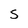
Character: S